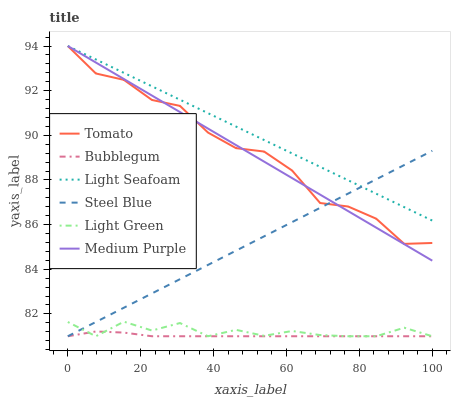
| xaxis_label | Tomato | Bubblegum | Light Seafoam | Steel Blue | Light Green | Medium Purple |
 | --- | --- | --- | --- | --- | --- | --- |
 | 0 | 94 | 81 | 94 | 81 | 81.6 | 94 |
 | 7.69 | 92.8 | 81.2 | 93.4 | 81.6 | 81 | 93.3 |
 | 15.4 | 92.5 | 81.2 | 92.8 | 82.3 | 81.7 | 92.5 |
 | 23.1 | 91.6 | 81 | 92.2 | 82.9 | 81.3 | 91.8 |
 | 30.8 | 91.3 | 81 | 91.6 | 83.6 | 81.6 | 91 |
 | 38.5 | 90.1 | 81 | 91 | 84.2 | 81 | 90.3 |
 | 46.2 | 89.4 | 81 | 90.4 | 84.8 | 81.3 | 89.6 |
 | 53.8 | 89.3 | 81 | 89.8 | 85.5 | 81 | 88.8 |
 | 61.5 | 88.4 | 81 | 89.2 | 86.1 | 81.2 | 88.1 |
 | 69.2 | 87 | 81 | 88.6 | 86.8 | 81.1 | 87.3 |
 | 76.9 | 86.8 | 81 | 88 | 87.4 | 81 | 86.6 |
 | 84.6 | 86.3 | 81 | 87.4 | 88 | 81 | 85.9 |
 | 92.3 | 85.1 | 81 | 86.8 | 88.7 | 81.4 | 85.1 |
 | 100 | 85.2 | 81 | 86.2 | 89.3 | 81 | 84.4 |